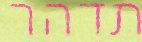
תדהר